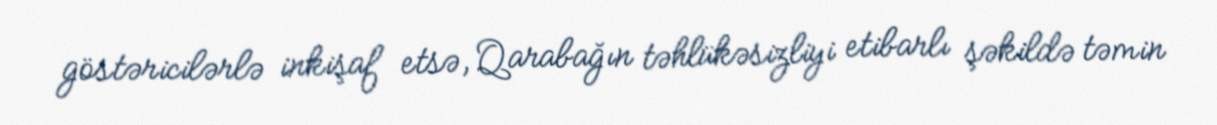
göstəricilərlə inkişaf etsə, Qarabağın təhlükəsizliyi etibarlı şəkildə təmin